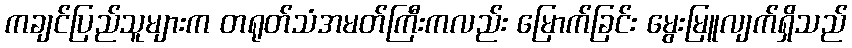
ကချင်ပြည်သူများက တရုတ်သံအမတ်ကြီးကလည်း မြောက်ခြင်း မွေးမြူလျက်ရှိသည်